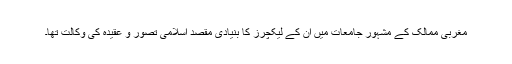
مغربی ممالک کے مشہور جامعات میں ان کے لیکچرز کا بنیادی مقصد اسلامی تصور و عقیدہ کی وکالت تھا۔